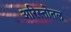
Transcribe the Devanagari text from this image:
अरिस्तोतल